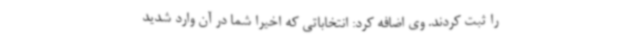
را ثبت کردند. وی اضافه کرد: انتخاباتی که اخیرا شما در آن وارد شدید